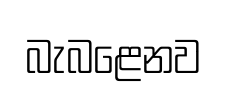
බැබළෙනව